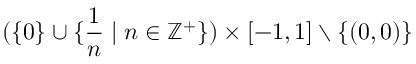
( \{ 0 \} \cup \{ { \frac { 1 } { n } } \mid n \in \mathbb { Z } ^ { + } \} ) \times [ - 1 , 1 ] \setminus \{ ( 0 , 0 ) \}